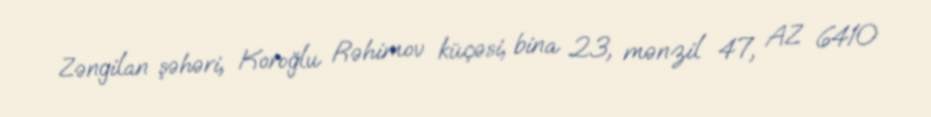
Zəngilan şəhəri, Koroğlu Rəhimov küçəsi, bina 23, mənzil 47, AZ 6410